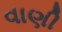
વાણી